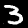
Label: 3